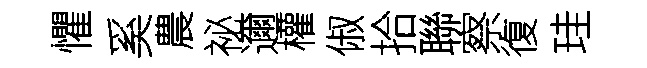
懼奚農祕邇權俶拾聯察復珪